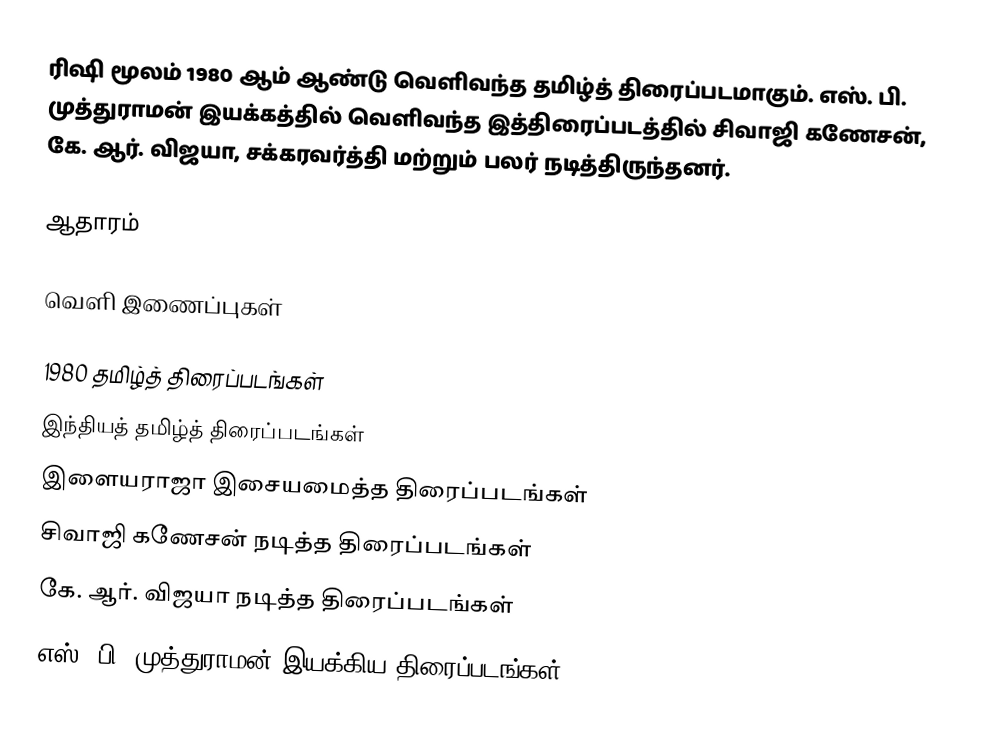
ரிஷி மூலம் 1980 ஆம் ஆண்டு வெளிவந்த தமிழ்த் திரைப்படமாகும். எஸ். பி. முத்துராமன் இயக்கத்தில் வெளிவந்த இத்திரைப்படத்தில் சிவாஜி கணேசன், கே. ஆர். விஜயா, சக்கரவர்த்தி மற்றும் பலர் நடித்திருந்தனர்.

ஆதாரம்

வெளி இணைப்புகள்

1980 தமிழ்த் திரைப்படங்கள்
இந்தியத் தமிழ்த் திரைப்படங்கள்
இளையராஜா இசையமைத்த திரைப்படங்கள்
சிவாஜி கணேசன் நடித்த திரைப்படங்கள்
கே. ஆர். விஜயா நடித்த திரைப்படங்கள்
எஸ். பி. முத்துராமன் இயக்கிய திரைப்படங்கள்